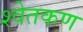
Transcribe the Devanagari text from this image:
श्वेतकण